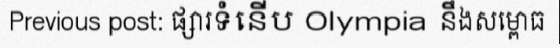
Previous post: ផ្សារទំនើប Olympia នឹងសម្ពោធ